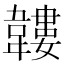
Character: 𩏝